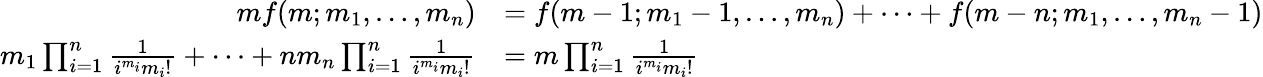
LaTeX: {\begin{array}{rl}{mf(m;m_{1},\ldots,m_{n})}&{=f(m-1;m_{1}-1,\ldots,m_{n})+\cdots+f(m-n;m_{1},\ldots,m_{n}-1)}\\ {m_{1}\prod_{i=1}^{n}{\frac{1}{i^{m_{i}}m_{i}!}}+\cdots+nm_{n}\prod_{i=1}^{n}{\frac{1}{i^{m_{i}}m_{i}!}}}&{=m\prod_{i=1}^{n}{\frac{1}{i^{m_{i}}m_{i}!}}}\end{array}}